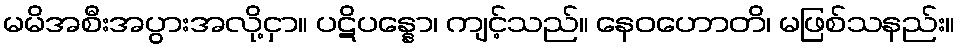
မမိအစီးအပွားအလို့ငှာ။ ပဋိပန္နော၊ ကျင့်သည်။ နေဝဟောတိ၊ မဖြစ်သနည်း။